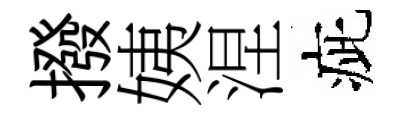
撥姨涅疵